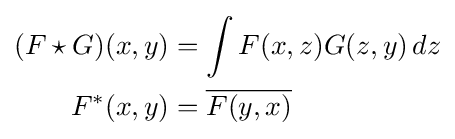
{\begin{aligned}(F\star G)(x,y)&=\int F(x,z)G(z,y)\,dz\\F^{*}(x,y)&={\overline {F(y,x)}}\end{aligned}}